system: You are a helpful assistant.
user:
Analyze the provided spectrum to determine if it is a **Carbon Star (C-type)**.

- **Key Visual Indicators of Carbon Star:**
    - **(Primary):** Strong molecular absorption from **C₂ (diatomic carbon) "Swan Bands."** This is the **defining feature** of a carbon star.
        - **(Key Bandheads):** Sharp absorption edges are visible at approximately $5635$ Å, $5165$ Å (the strongest band), and $4737$ Å.
        - **(Line Profile):** Creates a distinct **"saw-tooth"** pattern. The key morphology is a sharp, steep bandhead on the **red (long-wavelength) side**, which then gradually tapers off (i.e., flux recovers) towards the **blue (short-wavelength) side**. *(This is the direct opposite of the TiO bands seen in M-type stars)*.

    - **(Secondary):** Intense **CN (cyanogen)** molecular absorption bands.
        - **(Key Bandheads):** Located in the blue and violet regions of the spectrum (e.g., near $4215$ Å and $3883$ Å).
        - **(Morphology):** These bands are extremely broad and act as a "blanket," absorbing the vast majority of blue and violet light. This creates a characteristic **"cliff"** or **"steep drop-off"** in the spectrum's flux at short wavelengths.

    - **(Key Confirmation):** Strong **CH absorption band (G-band)**.
        - **(Key Bandhead):** Located around $4300$ Å. The contribution from CH molecules to this band is exceptionally strong.

    - **(Overall Spectrum):**
        - The continuum is severely "chopped up" by these deep molecular bands, especially C₂, rather than appearing as a smooth curve.
        - Due to the heavy CN and C₂ absorption in the blue-green, the vast majority of the star's flux is concentrated in the red part of the spectrum, giving the star its characteristic deep red color.

Think first, call **spectral_visualization_tool** if needed to examine features in detail, then provide your final answer. Your response must adhere to the following strict rules:
1.  **Overall Structure:** Your response must follow the format `<think>...</think> <tool_call>...</tool_call> (if a tool is used) <answer>...</answer>`.
2.  **Tool Usage Constraint:** You may only make **one** tool call per turn.
3.  **Final Answer Format:** In the `<answer>` tag, your conclusion must be inside a `\boxed{}` command (e.g., `\boxed{YES}`), followed by your justification.

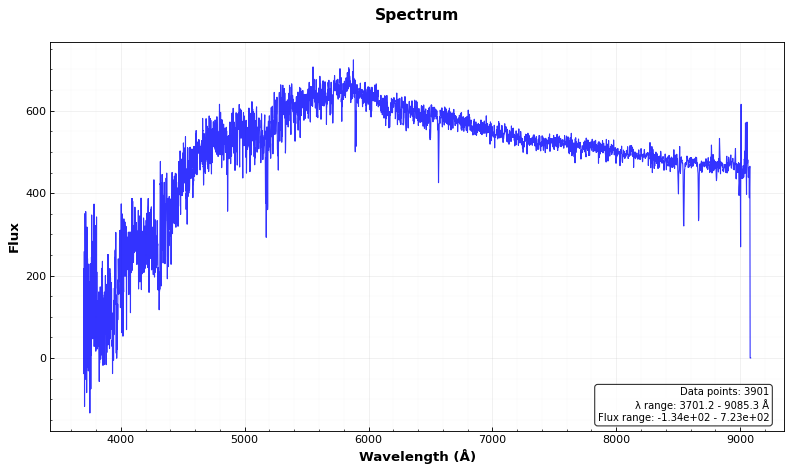
Answer: NO